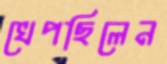
খেপছিলেন